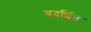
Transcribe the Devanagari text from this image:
बदर्शित